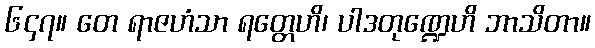
၆၄၇။ တေ ရာဇဟံသာ ရတ္တေဟိ၊ ပါဒတုဏ္ဍေဟိ ဘာသိတာ။